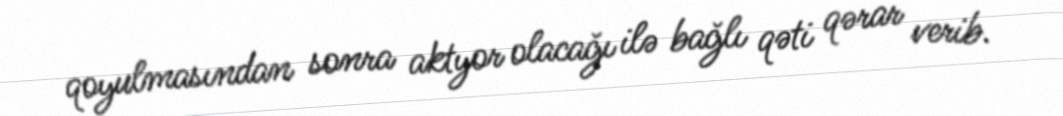
qoyulmasından sonra aktyor olacağı ilə bağlı qəti qərar verib.